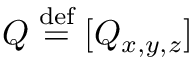
\boldsymbol { Q } \stackrel { \mathrm { d e f } } { = } [ Q _ { x , y , z } ]